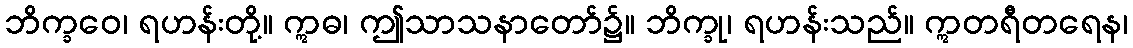
ဘိက္ခဝေ၊ ရဟန်းတို့။ ဣဓ၊ ဤသာသနာတော်၌။ ဘိက္ခု၊ ရဟန်းသည်။ ဣတရီတရေန၊